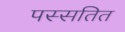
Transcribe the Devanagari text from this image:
पस्सतित